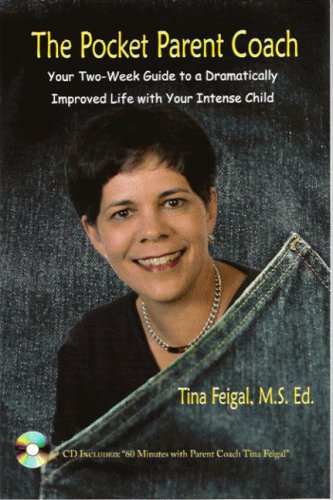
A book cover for The Pocket Parent Coach: Your Two-Week Guide to Dramatically Improved Life with Your Intense Child; Tina Feigal; Parenting & Relationships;